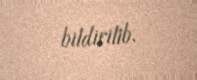
bildirilib.